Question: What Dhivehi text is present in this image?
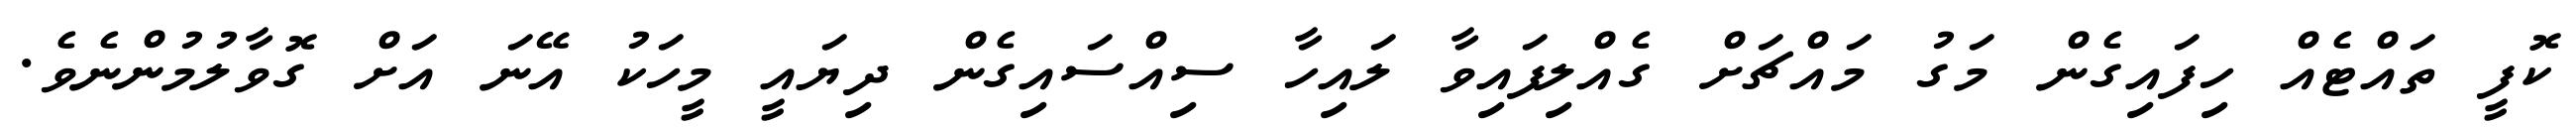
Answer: ކޮފީ ތައްޓެއް ހިފައިގެން މަގު މައްޗަށް ގެއްލިފައިވާ ލައިހާ ސިއްސައިގެން ދިޔައީ މީހަކު އޭނަ އަށް ގޮވާލުމުންނެވެ.